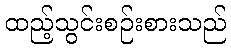
ထည့်သွင်းစဉ်းစားသည်